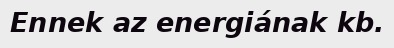
Ennek az energiának kb.